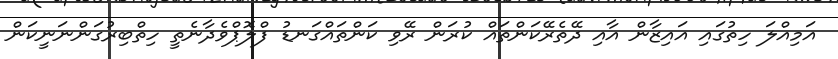
އަމިއްލަ ހިތުގައި އައިޒާން އާއި ދޭތެރޭކަންތައް ކުރަން ރޭވި ކަންތައްގަނޑު ފްލޮޕްވެދާނެތީ ހިތްބިރުގަންނަނީކަން